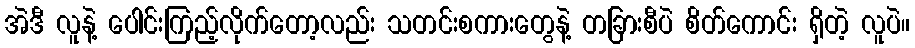
အဲဒီ လူနဲ့ ပေါင်းကြည့်လိုက်တော့လည်း သတင်းစကားတွေနဲ့ တခြားစီပဲ စိတ်ကောင်း ရှိတဲ့ လူပဲ။